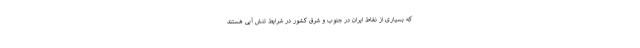
که بسیاری از نقاط ایران در جنوب و شرق کشور در شرایط تنش آبی هستند